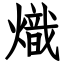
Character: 熾